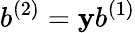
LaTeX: b^{(2)}=\mathbf{y}b^{(1)}